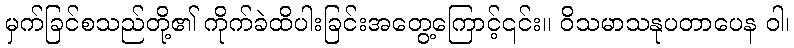
မှက်ခြင်စသည်တို့၏ ကိုက်ခဲထိပါးခြင်းအတွေ့ကြောင့်၎င်း။ ဝိသမာသနုပတာပေန ဝါ၊